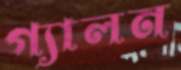
গ্যালন